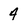
Character: 4